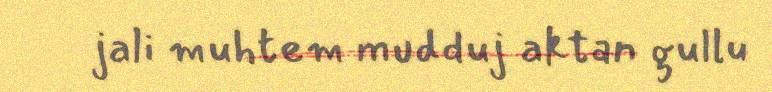
jali muhtem mudduj aktan gullu